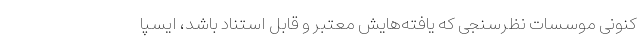
کنونی موسسات نظرسنجی که یافته‌هایش معتبر و قابل استناد باشد، ایسپا